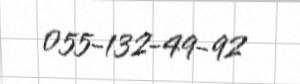
055-132-49-92